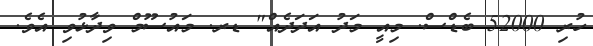
ހުރި 52000 ބެޑްސް. މިއީ މަދު އަދަދެއް" ޑރ. މައުސޫމް ވިދާޅުވި އެވެ.